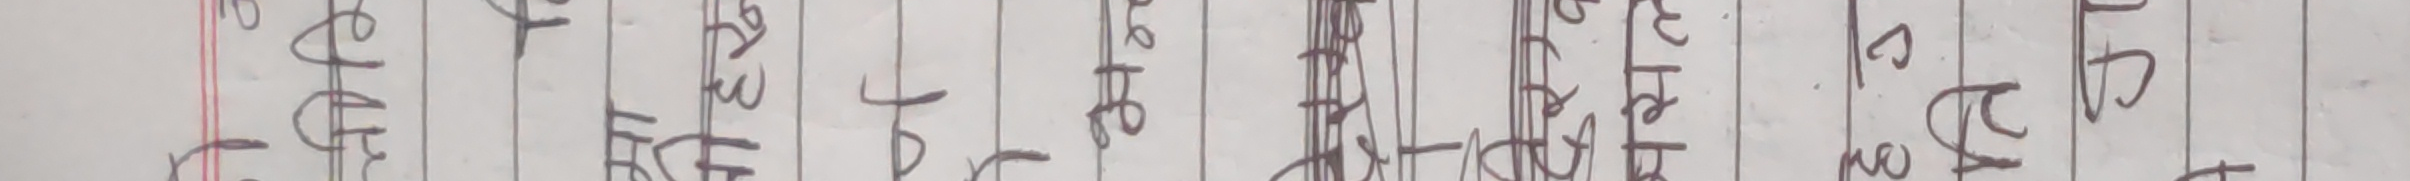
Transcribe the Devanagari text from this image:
अप्नेतिर